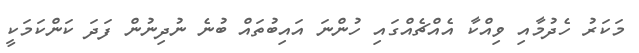
މަކަރު ހެދުމާއި ވިއްކާ އެއްޗެއްގައި ހުންނަ އައިބުތައް ބުނެ ނުދިނުން ފަދަ ކަންކަމަކީ